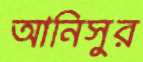
আনিসুর